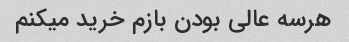
هرسه عالی بودن بازم خرید میکنم